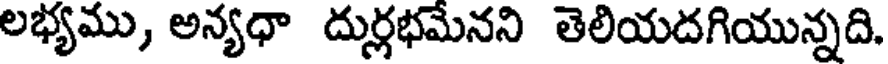
లభ్యము, అన్యధా దుర్లభమేనని తెలియదగియున్నది.